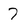
Character: 7